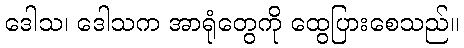
ဒေါသ၊ ဒေါသက အာရုံတွေကို ထွေပြားစေသည်။